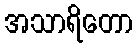
အသာရိတော